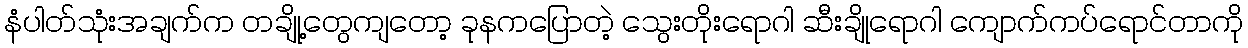
နံပါတ်သုံးအချက်က တချို့တွေကျတော့ ခုနကပြောတဲ့ သွေးတိုးရောဂါ ဆီးချိုရောဂါ ကျောက်ကပ်ရောင်တာကို